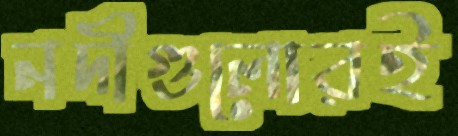
নদীগুলোরই